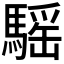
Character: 𩥣